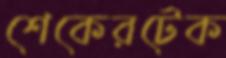
শেকেরটেক